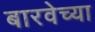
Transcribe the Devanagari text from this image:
बारवेच्या